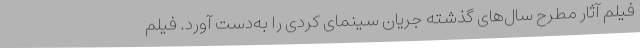
فیلم آثار مطرح سال‌های گذشته جریان سینمای کُردی را به‌دست آورد. فيلم